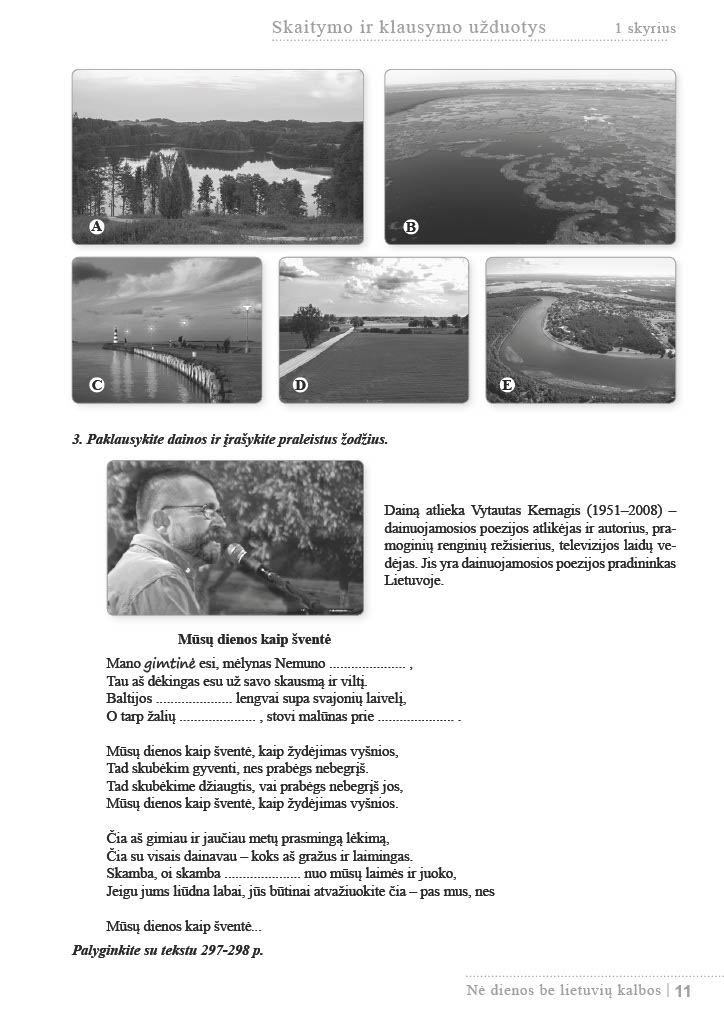
Language: lt